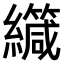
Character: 𫄏